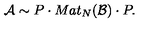
{ \cal A } \sim P \cdot M a t _ { N } ( { \cal B } ) \cdot P .